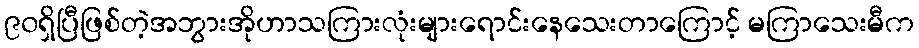
၉၀ရှိပြီဖြစ်တဲ့အဘွားအိုဟာသကြားလုံးများရောင်းနေသေးတာကြောင့် မကြာသေးမီက